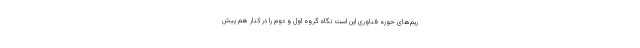
ریم‌های حوزه فناوری این است نگاه گروه اول و دوم را در کنار هم پیش